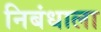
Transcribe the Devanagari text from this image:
निबंधाला